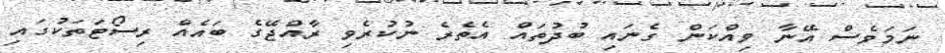
ނަމަވެސް އޭނާ ވިއްކަން ގެނައި ބުދުތައް އެތެރެ ނުކުރެވި ރާއްޖޭގެ ބައެއް ރިސޯޓަތަކުގައި